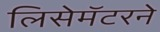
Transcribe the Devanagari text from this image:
लिसेमॅटरने